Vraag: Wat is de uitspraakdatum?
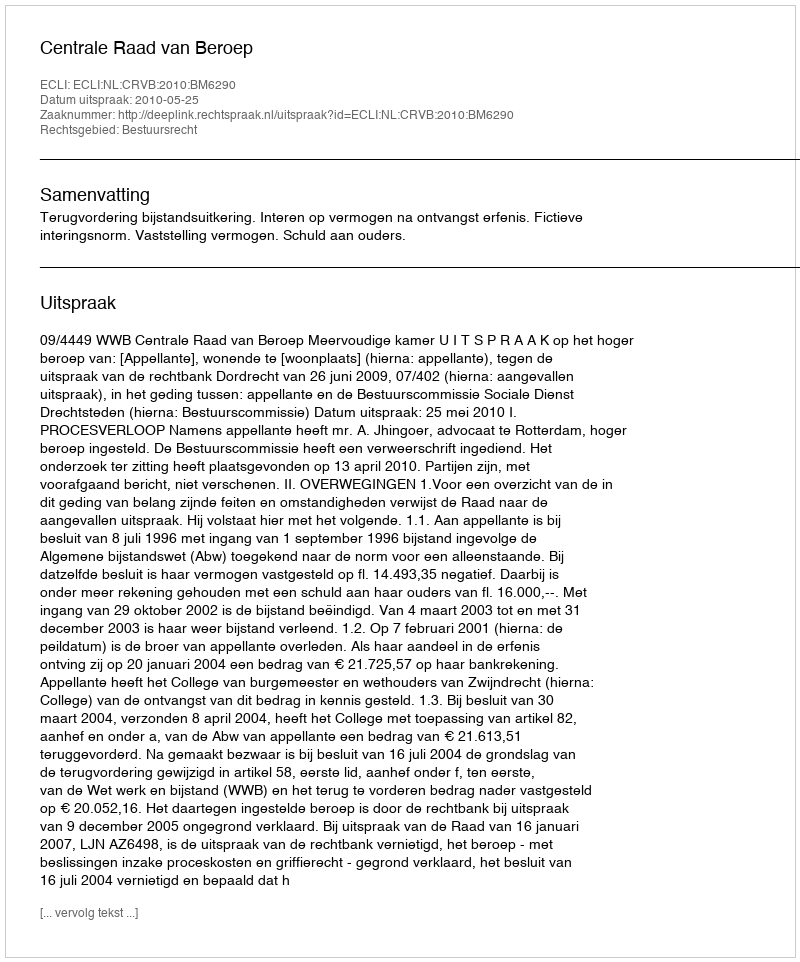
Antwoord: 2010-05-25